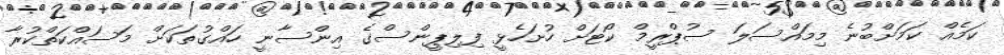
ކަމެއް ކަމަށްބުނެ މިމައްސަލަ ސުޕްރީމް ކޯޓަށް ހުށަހެޅީ ފިލިޕީންސްގެ އިންސާނީ ހައްގުތަކަށް މަސައްކަތްކުރާ